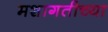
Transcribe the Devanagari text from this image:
मशागतीच्या